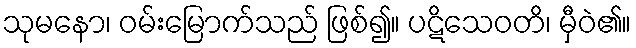
သုမနော၊ ဝမ်းမြောက်သည် ဖြစ်၍။ ပဋိသေဝတိ၊ မှီဝဲ၏။